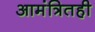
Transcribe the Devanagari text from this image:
आमंत्रितही